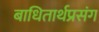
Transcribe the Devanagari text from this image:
बाधितार्थप्रसंग